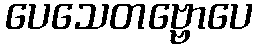
ပေသေတဗ္ဗောပေ